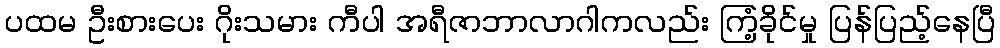
ပထမ ဦးစားပေး ဂိုးသမား ကီပါ အရီဇာဘာလာဂါကလည်း ကြံ့ခိုင်မှု ပြန်ပြည့်နေပြီ